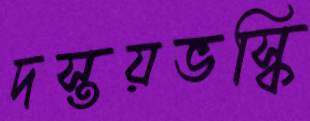
দস্তয়ভস্কি